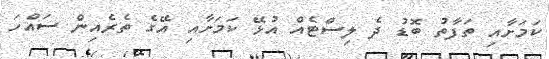
ކަމަށާއި ތަފާތު ބޮޑު ދެ ލިސްޓެއް އުޅޭ ކަމަށާއި އޭގެ ތެރެއިން ސައްހަ